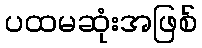
ပထမဆုံးအဖြစ်